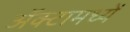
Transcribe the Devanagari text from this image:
अॅक्टामध्यें